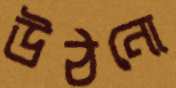
উঠনো